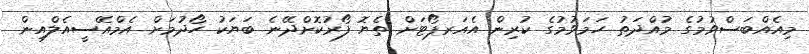
މިއެއްބަސްވުމުގެ މުއްދަތު ހަމަވުމުގެ ކުރިން އެއަރޕޯޓަށް ތެޔޮ ފޯރުކޮށްދޭނެ ބަޔަކު ހޯދުމަށް އެމްއޭސީއެލްއިން